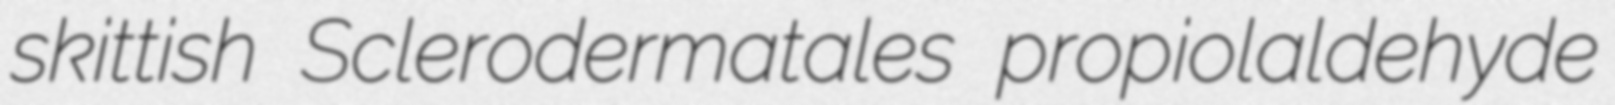
skittish Sclerodermatales propiolaldehyde